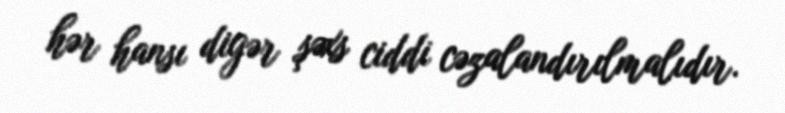
hər hansı digər şəxs ciddi cəzalandırılmalıdır.